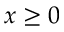
x \geq 0